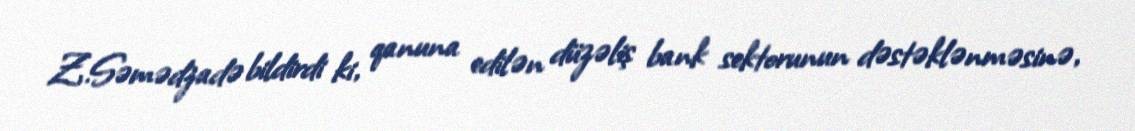
Z.Səmədzadə bildirdi ki, qanuna edilən düzəliş bank sektorunun dəstəklənməsinə,